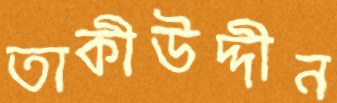
তাকীউদ্দীন